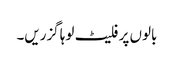
بالوں پر فلیٹ لوہا گزریں۔